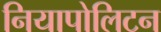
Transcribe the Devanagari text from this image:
नियापोलिटन